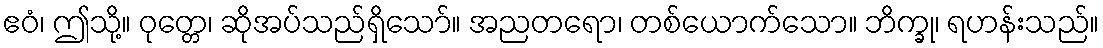
ဧဝံ၊ ဤသို့။ ဝုတ္တေ၊ ဆိုအပ်သည်ရှိသော်။ အညတရော၊ တစ်ယောက်သော။ ဘိက္ခု၊ ရဟန်းသည်။